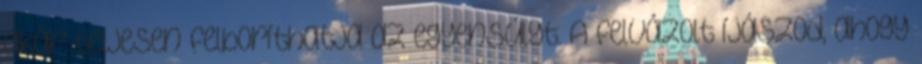
akár teljesen felboríthatja az egyensúlyt. A felvázolt íjászod, ahogy